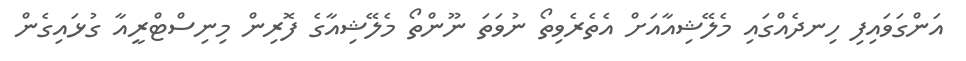
އަންގަވައިފި ހިނދެއްގައި މެލޭޝިއާއަށް އެތެރެވިތޯ ނުވަތަ ނޫންތޯ މެލޭޝިއާގެ ފޮރިން މިނިސްޓްރީއާ ގުޅައިގެން